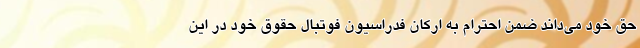
حق خود می‌داند ضمن احترام به ارکان فدراسیون فوتبال حقوق خود در این